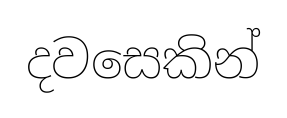
දවසෙකින්